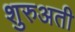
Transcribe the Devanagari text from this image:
शुरुअती